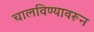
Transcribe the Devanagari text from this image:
चालविण्यावरून